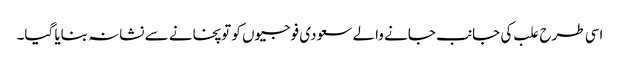
اسی طرح علب کی جانب جانے والے سعودی فوجیوں کو توپخانے سے نشانہ بنایا گیا۔